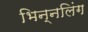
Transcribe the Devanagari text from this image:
भिन्नलिंग